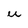
Character: u